Document type: Grant of rights
Year: 1326
Scribe: Bernat de Vilarúbia
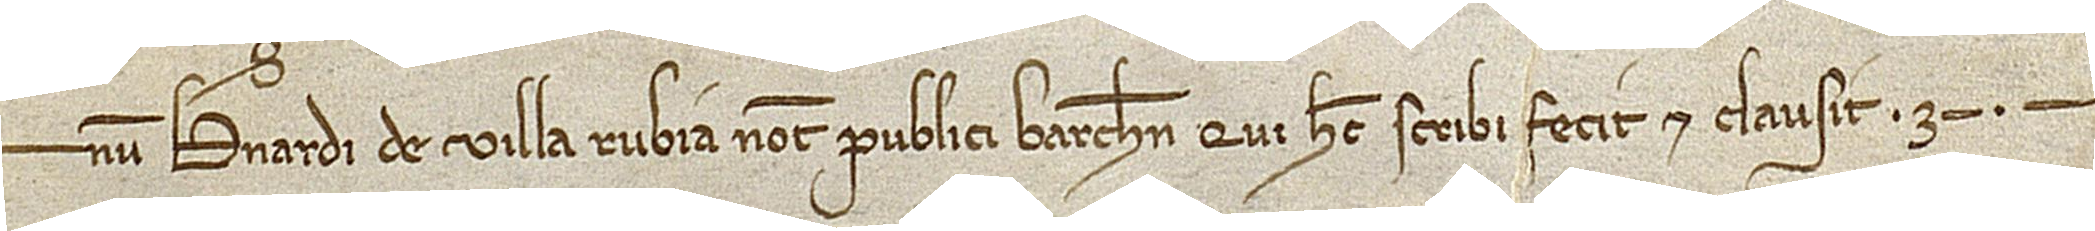
num Bernardi de Villa Rubia, notarii publici Barchinone, qui hec scribi fecit et clausit.